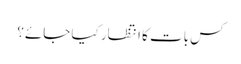
کس بات کا انتظار کیا جائے؟